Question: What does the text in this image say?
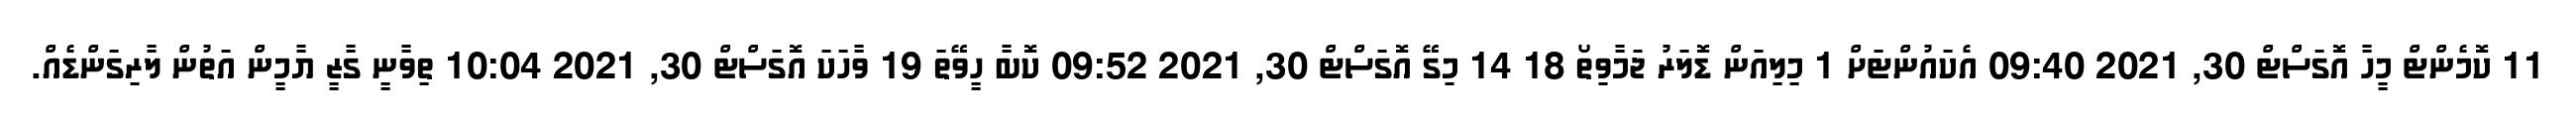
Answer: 11 ކޮމެންޓް މީހާ އޮގަސްޓް 30, 2021 09:40 އެކައުންޓަށް 1 މިލިއަން ޑޮލަރު ޖަމާވިތޯ 18 14 މިގޭ އޮގަސްޓް 30, 2021 09:52 ކޮބާ ހީވޭތަ 19 ވާހަކަ އޮގަސްޓް 30, 2021 10:04 ތިވާނީ ގާޒީ ޔާމީން އަތުން ލާރިގަންޑެއް.